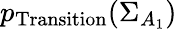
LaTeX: p_{\mathrm{Transition}}(\Sigma_{A_{1}})